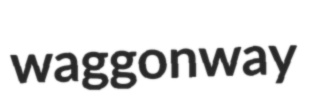
waggonway